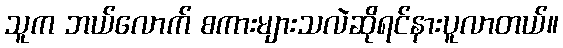
သူက ဘယ်လောက် စကားများသလဲဆိုရင်နားပူလာတယ်။